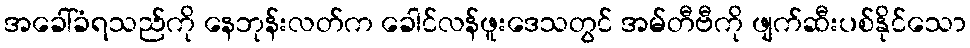
အခေါ်ခံရသည်ကို နေဘုန်းလတ်က ခေါင်လန်ဖူးဒေသတွင် အမ်တီဗီကို ဖျက်ဆီးပစ်နိုင်သော